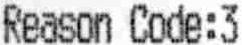
REASON CODE:3